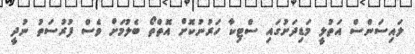
ލައިސަންސް އަތުލީ މަޑިދަށުގައި ސްޓިކާ ހަރުނުކޮށް އޮތްތޯ ބެލުމަށް ވެސް ފުރުސަތު ނުދީ